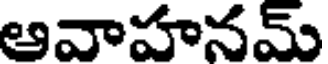
ఆవాహనమ్